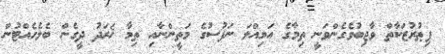
ފިޠުރުޒަކާތް ވާޖިބުވެގެންވަނީ ތިމާގެ އަމިއްލަ ނަފުސުގެ މަތީންނާއި ތިމާ ޚަރަދު ދީގެން ބެލެހެއްޓުން